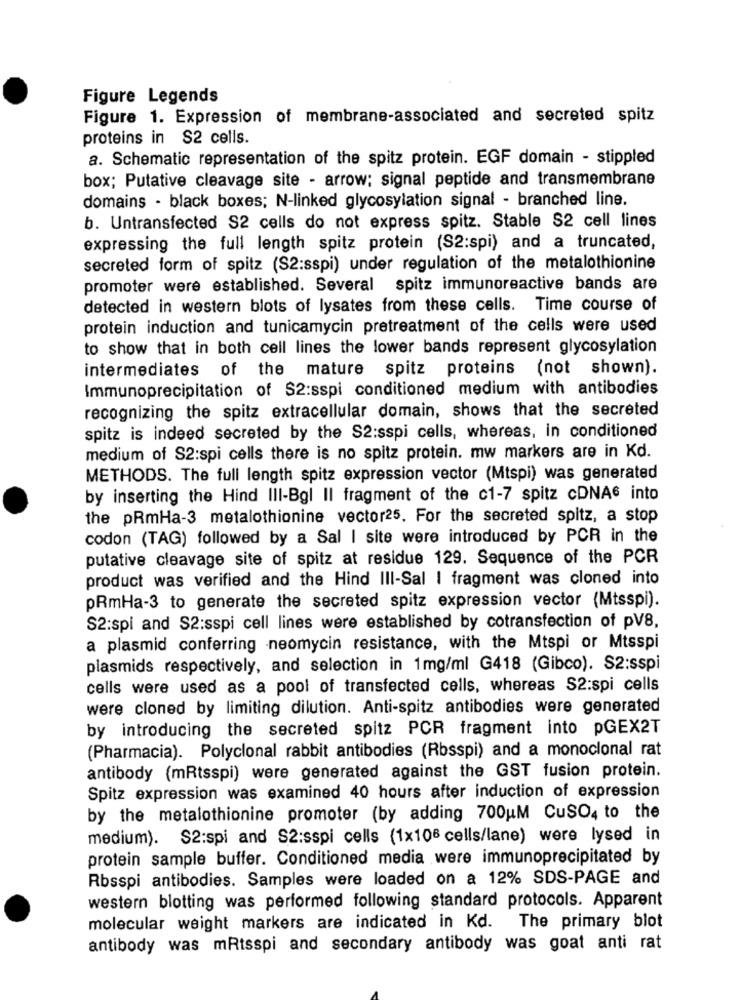
Figure Legends
Figure 1. Expression of membrane-associated and secreted spitz
proteins in S2 cells.
a. Schematic representation of the spitz protein. EGF domain - stippled
box; Putative cleavage site - arrow: signal peptide and transmembrane
domains - black boxes; N-linked glycosylation signal - branched line.
b. Untransfected S2 cells do not express spitz. Stable S2 cell lines
expressing the full length spitz protein (S2:spi) and a truncated,
secreted form of spitz (S2:sspi) under regulation of the metalothionine
promoter were established. Several spitz immunoreactive bands are
detected in western blots of lysates from these cells. Time course of
protein induction and tunicamycin pretreatment of the cells were used
to show that in both cell lines the lower bands represent glycosylation
intermediates of the mature spitz proteins (not shown).
Immunoprecipitation of $2:sspi conditioned medium with antibodies
recognizing the spitz extracellular domain, shows that the secreted
spitz is indeed secreted by the S2:sspi cells, whereas, in conditioned
medium of S2:spi cells there is no spitz protein. mw markers are in Kd.
METHODS. The full length spitz expression vector (Mtspi) was generated
by inserting the Hind III-Bgl Il fragment of the c1-7 spitz cDNA6 into
the pRmHa-3 metalothionine vector25. For the secreted spitz, a stop
codon (TAG) followed by a Sal I site were introduced by PCR in the
putative cleavage site of spitz at residue 129. Sequence of the PCR
product was verified and the Hind III-Sal I fragment was cloned into
pRmHa-3 to generate the secreted spitz expression vector (Mtsspi).
S2:spi and S2:sspi cell lines were established by cotransfection of pV8,
a plasmid conferring neomycin resistance, with the Mtspi or Mtsspi
plasmids respectively, and selection in 1mg/ml G418 (Gibco). S2:sspi
cells were used as a pool of transfected cells, whereas S2:spi cells
were cloned by limiting dilution. Anti-spitz antibodies were generated
by introducing the secreted spitz PCR fragment into pGEX2T
(Pharmacia). Polyclonal rabbit antibodies (Rbsspi) and a monoclonal rat
antibody (mRtsspi) were generated against the GST fusion protein.
Spitz expression was examined 40 hours after induction of expression
by the metalothionine promoter (by adding 700 M CuSO4 to the
medium). $2:spi and S2:sspi cells (1x106 cells/lane) were lysed in
protein sample buffer. Conditioned media were immunoprecipitated by
Rbsspi antibodies. Samples were loaded on a 12% SDS-PAGE and
western blotting was performed following standard protocols. Apparent
molecular weight markers are indicated in Kd. The primary blot
antibody was mRtsspi and secondary antibody was goat anti rat